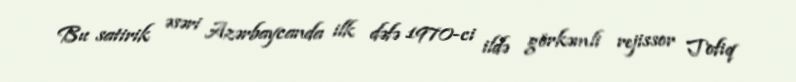
Bu satirik əsəri Azərbaycanda ilk dəfə 1970-ci ildə görkəmli rejissor Tofiq